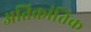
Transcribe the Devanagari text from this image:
अतिक्रांतिक